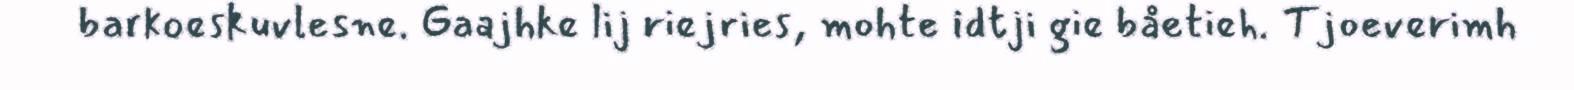
barkoeskuvlesne. Gaajhke lij riejries, mohte idtji gie båetieh. Tjoeverimh